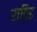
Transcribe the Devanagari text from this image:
रापिड